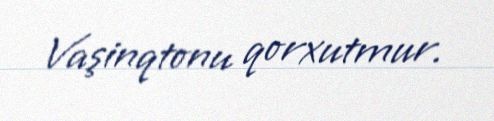
Vaşinqtonu qorxutmur.